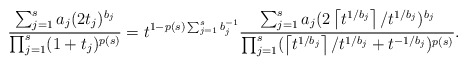
\begin{align*}\frac{\sum_{j=1}^s a_j (2t_j)^{b_j}}{\prod_{j=1}^s (1+t_j)^{p(s)}} =t^{1-p(s)\sum_{j=1}^s b_j^{-1}}\frac{\sum_{j=1}^s a_j (2\left\lceil t^{1/b_j}\right\rceil/t^{1/b_j})^{b_j}}{\prod_{j=1}^s (\left\lceil t^{1/b_j}\right\rceil /t^{1/b_j}+t^{-1/b_j})^{p(s)}}.\end{align*}